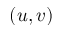
( u , v )